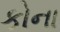
કોના